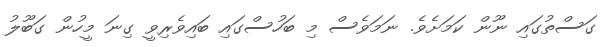
ގަސްތުގައި ނޫން ކަމަށެވެ. ނަމަވެސް މި ބަހުސްގައި ބައިވެރިވީ ގިނަ މީހުން ގަބޫލު